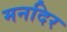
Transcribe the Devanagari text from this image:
मनदिर